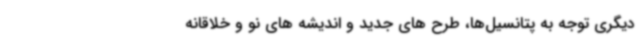
دیگری توجه به پتانسیل‌ها، طرح های جدید و اندیشه های نو و خلاقانه